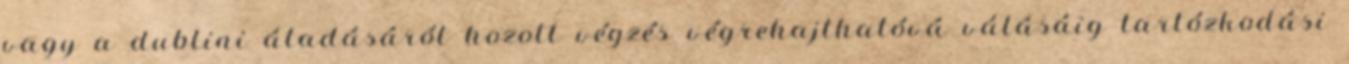
vagy a dublini átadásáról hozott végzés végrehajthatóvá válásáig tartózkodási